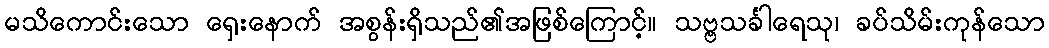
မသိကောင်းသော ရှေးနောက် အစွန်းရှိသည်၏အဖြစ်ကြောင့်။ သဗ္ဗသင်္ခါရေသု၊ ခပ်သိမ်းကုန်သော